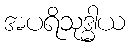
အပရိသုဒ္ဓါယ